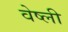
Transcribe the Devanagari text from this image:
वेष्ली